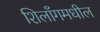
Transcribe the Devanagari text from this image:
शिलाँगमधील